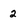
Character: 2